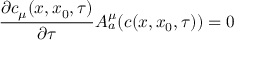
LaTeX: \frac { \partial c _ { \mu } ( x , x _ { 0 } , \tau ) } { \partial \tau } A _ { a } ^ { \mu } ( c ( x , x _ { 0 } , \tau ) ) = 0